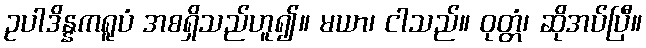
ဥပါဒိန္နကရူပံ အစရှိသည်ဟူ၍။ မယာ၊ ငါသည်။ ဝုတ္တံ၊ ဆိုအပ်ပြီ။